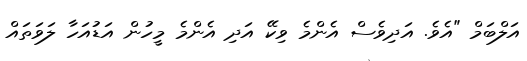
އަލްބަމް "އެވެ. އަދިވެސް އެންމެ ވިކޭ އަދި އެންމެ މީހުން އަޑުއަހާ ލަވަތައް